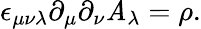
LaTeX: \epsilon_{\mu\nu\lambda}\partial_{\mu}\partial_{\nu}\mathit{A}_{\lambda}=\rho.